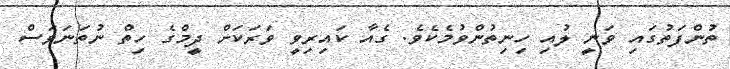
ތުންފަތުގައި ވަނީ ލުއި ހިނިތުންވުމެކެވެ. ގެއާ ކައިރިވީ ވަރަކަށް ދީމްގެ ހިތް ނުތަނަވަސް